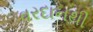
વરદાનથી